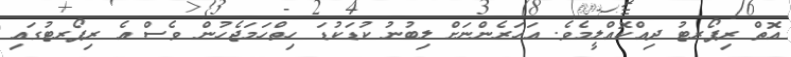
އޮތް ރިޕޯރޓު ދިއްކޮއްލީމެވެ. އަހަރެންނަށް ލިބުނު ކުޑަކުޑަ ހިތްހަމަޖެހުން ވެސް އެ ރިޕޯރޓުގައި